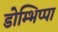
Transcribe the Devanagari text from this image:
डोम्भिप्पा